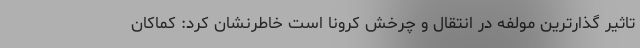
تاثیر گذارترین مولفه در انتقال و چرخش کرونا است خاطرنشان کرد: کماکان